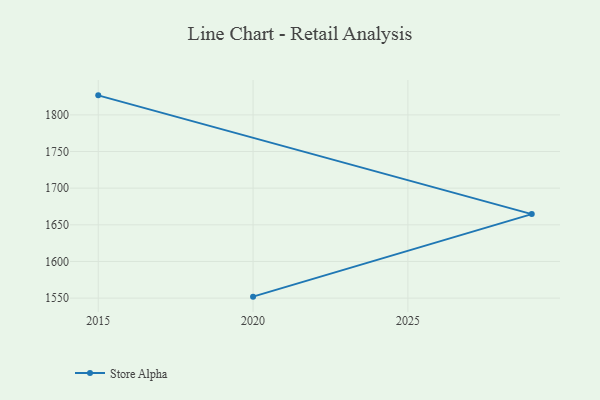
{"axis": {"x": "Year", "y": "LTV (USD)"}, "legend": ["Store Alpha"], "data": [{"x": "2015", "y": 1826.6, "type": "Store Alpha"}, {"x": "2029", "y": 1664.6, "type": "Store Alpha"}, {"x": "2020", "y": 1552.0, "type": "Store Alpha"}]}